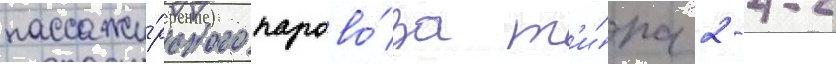
пассажи́рского парово́за т'и́па 2-4-2